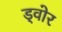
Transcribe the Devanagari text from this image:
ड्वोर